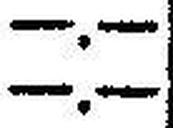
—.—